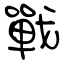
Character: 戰